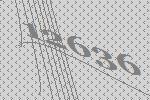
12636